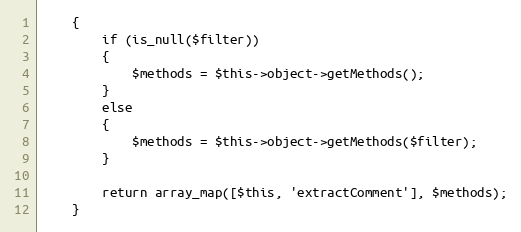
Language: PHP
    {
        if (is_null($filter))
        {
            $methods = $this->object->getMethods();
        }
        else
        {
            $methods = $this->object->getMethods($filter);
        }

        return array_map([$this, 'extractComment'], $methods);
    }